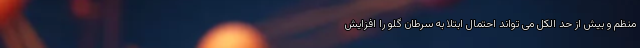
منظم و بیش از حد الکل می تواند احتمال ابتلا به سرطان گلو را افزایش